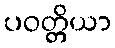
ပဝတ္တိယာ